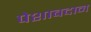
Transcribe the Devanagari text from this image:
पेशाबदान